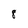
Character: 8